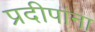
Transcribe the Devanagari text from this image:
प्रदीपांना